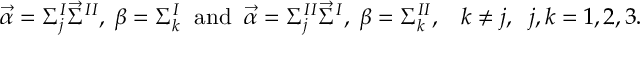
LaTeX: \vec { \alpha } = \Sigma _ { j } ^ { I } \vec { \Sigma } ^ { I I } , \; \beta = \Sigma _ { k } ^ { I } \; \; \mathrm { a n d } \; \; \vec { \alpha } = \Sigma _ { j } ^ { I I } \vec { \Sigma } ^ { I } , \; \beta = \Sigma _ { k } ^ { I I } , \; \; \; k \neq j , \; \; j , k = 1 , 2 , 3 .